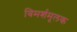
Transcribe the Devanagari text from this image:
विमर्शमूलक